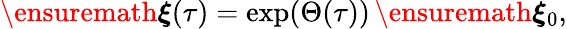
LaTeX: \begin{array}{r}{\ensuremath{\boldsymbol{\xi}}(\tau)=\exp(\Theta(\tau))\, \ensuremath{\boldsymbol{\xi}}_{0},}\end{array}